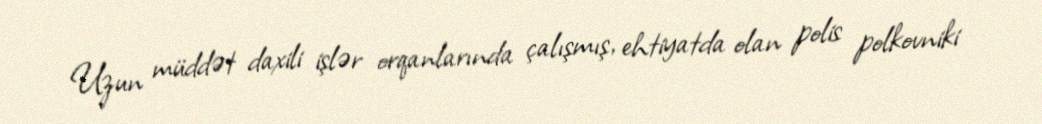
Uzun müddət daxili işlər orqanlarında çalışmış, ehtiyatda olan polis polkovniki